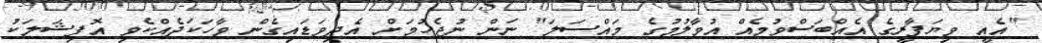
"އެއީ ވިޔަފާރީގެ އެއްބަސްވުމެއް އުވާލުމުގެ މައްސަލަ" ނަން ނުޖެހުމަށް އެދިވަޑައިގެން ވާހަކަދެއްކެވި އޮފިޝަލަކު